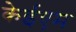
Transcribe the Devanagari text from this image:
केईएम